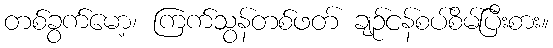
တစ်ခွက်မော့၊ ကြက်သွန်တစ်ဖတ် ချဉ်ငန်စပ်စိမ်ပြီးစား။